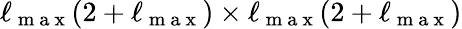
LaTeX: \ell_{\mathrm{~m~a~x~}}(2+\ell_{\mathrm{~m~a~x~}})\times\ell_{\mathrm{~m~a~x~}}(2+\ell_{\mathrm{~m~a~x~}})